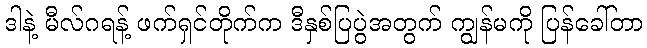
ဒါနဲ့ မီလ်ဂရန့် ဖက်ရှင်တိုက်က ဒီနှစ်ပြပွဲအတွက် ကျွန်မကို ပြန်ခေါ်တာ